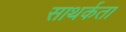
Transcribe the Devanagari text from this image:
साथर्कता